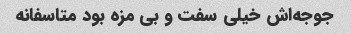
جوجه‌اش خیلی سفت و بی مزه بود متاسفانه